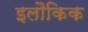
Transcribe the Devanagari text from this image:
इलौकिक